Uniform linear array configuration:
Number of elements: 8
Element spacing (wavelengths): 1
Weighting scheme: cosine
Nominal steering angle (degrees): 0
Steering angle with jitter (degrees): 0.3814
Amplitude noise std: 0.05
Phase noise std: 0.05

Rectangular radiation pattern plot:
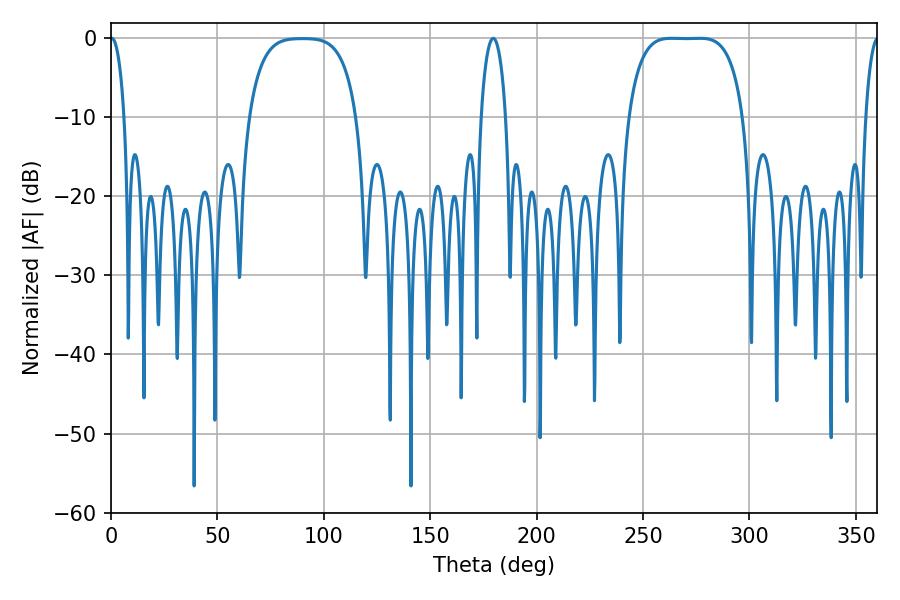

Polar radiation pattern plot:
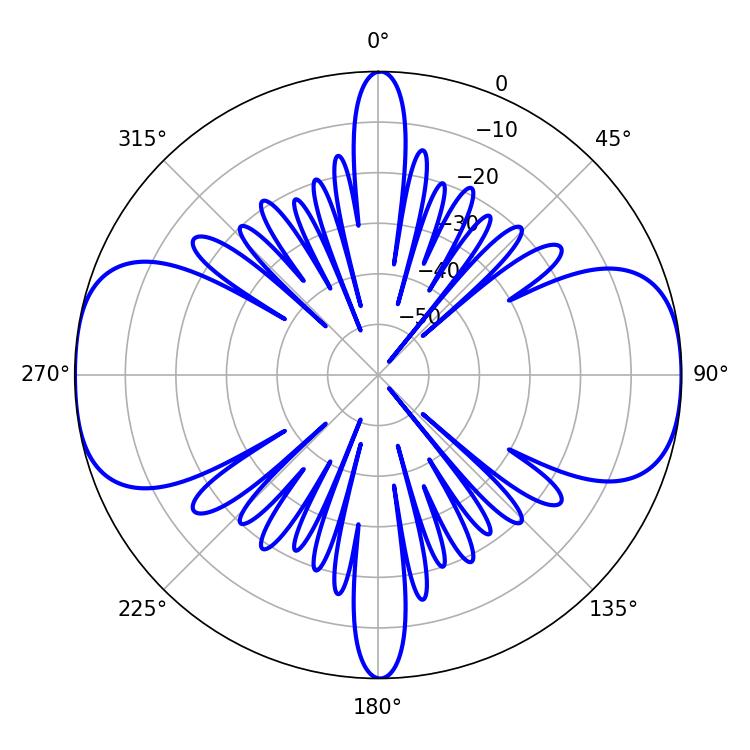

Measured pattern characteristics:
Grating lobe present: TRUE
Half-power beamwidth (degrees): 41.76
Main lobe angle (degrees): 263.34